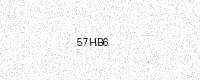
Text: 57HB6